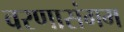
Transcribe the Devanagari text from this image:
वरणासंगम